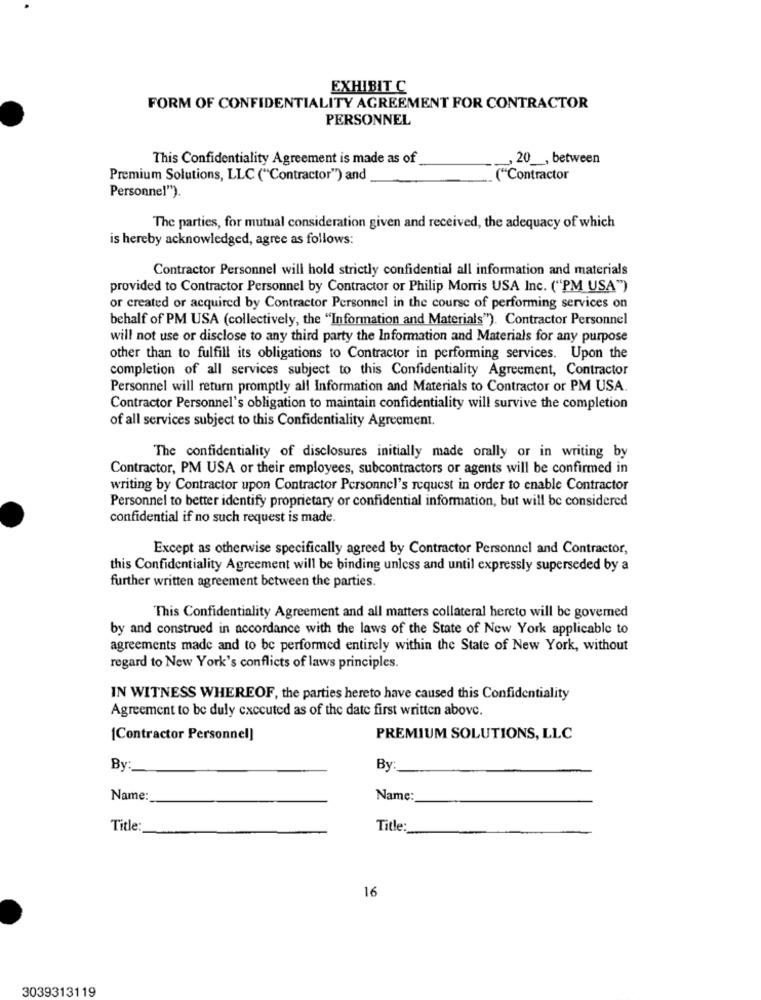
EXHIBIT C
FORM OF CONFIDENTIALITY AGREEMENT FOR CONTRACTOR
PERSONNEL
This Confidentiality Agreement is made as of
, 20 __, between
Premium Solutions, LLC ("Contractor") and
("Contractor
Personnel").
The parties, for mutual consideration given and received, the adequacy of which
is hereby acknowledged, agree as follows:
Contractor Personnel will hold strictly confidential all information and materials
provided to Contractor Personnel by Contractor or Philip Morris USA Inc. ("PM USA")
or created or acquired by Contractor Personnel in the course of performing services on
behalf of PM USA (collectively, the "Information and Materials"). Contractor Personnel
will not use or disclose to any third party the Information and Materials for any purpose
other than to fulfill its obligations to Contractor in performing services. Upon the
completion of all services subject to this Confidentiality Agreement, Contractor
Personnel will return promptly all Information and Materials to Contractor or PM USA.
Contractor Personnel's obligation to maintain confidentiality will survive the completion
of all services subject to this Confidentiality Agreement.
The confidentiality of disclosures initially made orally or in writing by
Contractor, PM USA or their employees, subcontractors or agents will be confirmed in
writing by Contractor upon Contractor Personnel's request in order to enable Contractor
Personnel to better identify proprietary or confidential information, but will be considered
confidential if no such request is made.
Except as otherwise specifically agreed by Contractor Personnel and Contractor,
this Confidentiality Agreement will be binding unless and until expressly superseded by a
further written agreement between the parties.
This Confidentiality Agreement and all matters collateral hereto will be governed
by and construed in accordance with the laws of the State of New York applicable to
agreements made and to be performed entirely within the State of New York, without
regard to New York's conflicts of laws principles.
IN WITNESS WHEREOF, the parties hereto have caused this Confidentiality
Agreement to be duly executed as of the date first written above.
[Contractor Personnel]
PREMIUM SOLUTIONS, LLC
By :_
By
Name:
Name:
Title:
Title:
16
3039313119